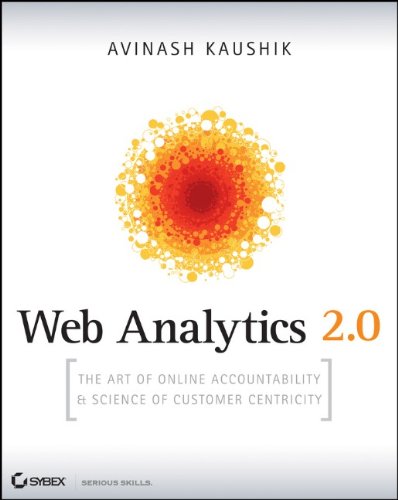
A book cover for Web Analytics 2.0: The Art of Online Accountability and Science of Customer Centricity; Avinash Kaushik; Computers & Technology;